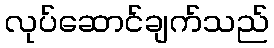
လုပ်ဆောင်ချက်သည်